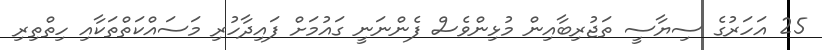
25 އަހަރުގެ ސިޔާސީ ތަޖުރިބާއިން މުޅިންވެސް ފެންނަނީ ގައުމަށް ފައިދާހުރި މަސައްކަތްތަކާއި ހިތްތިރި